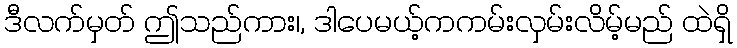
ဒီလက်မှတ် ဤသည်ကား၊, ဒါပေမယ့်ကကမ်းလှမ်းလိမ့်မည် ထဲရှိ